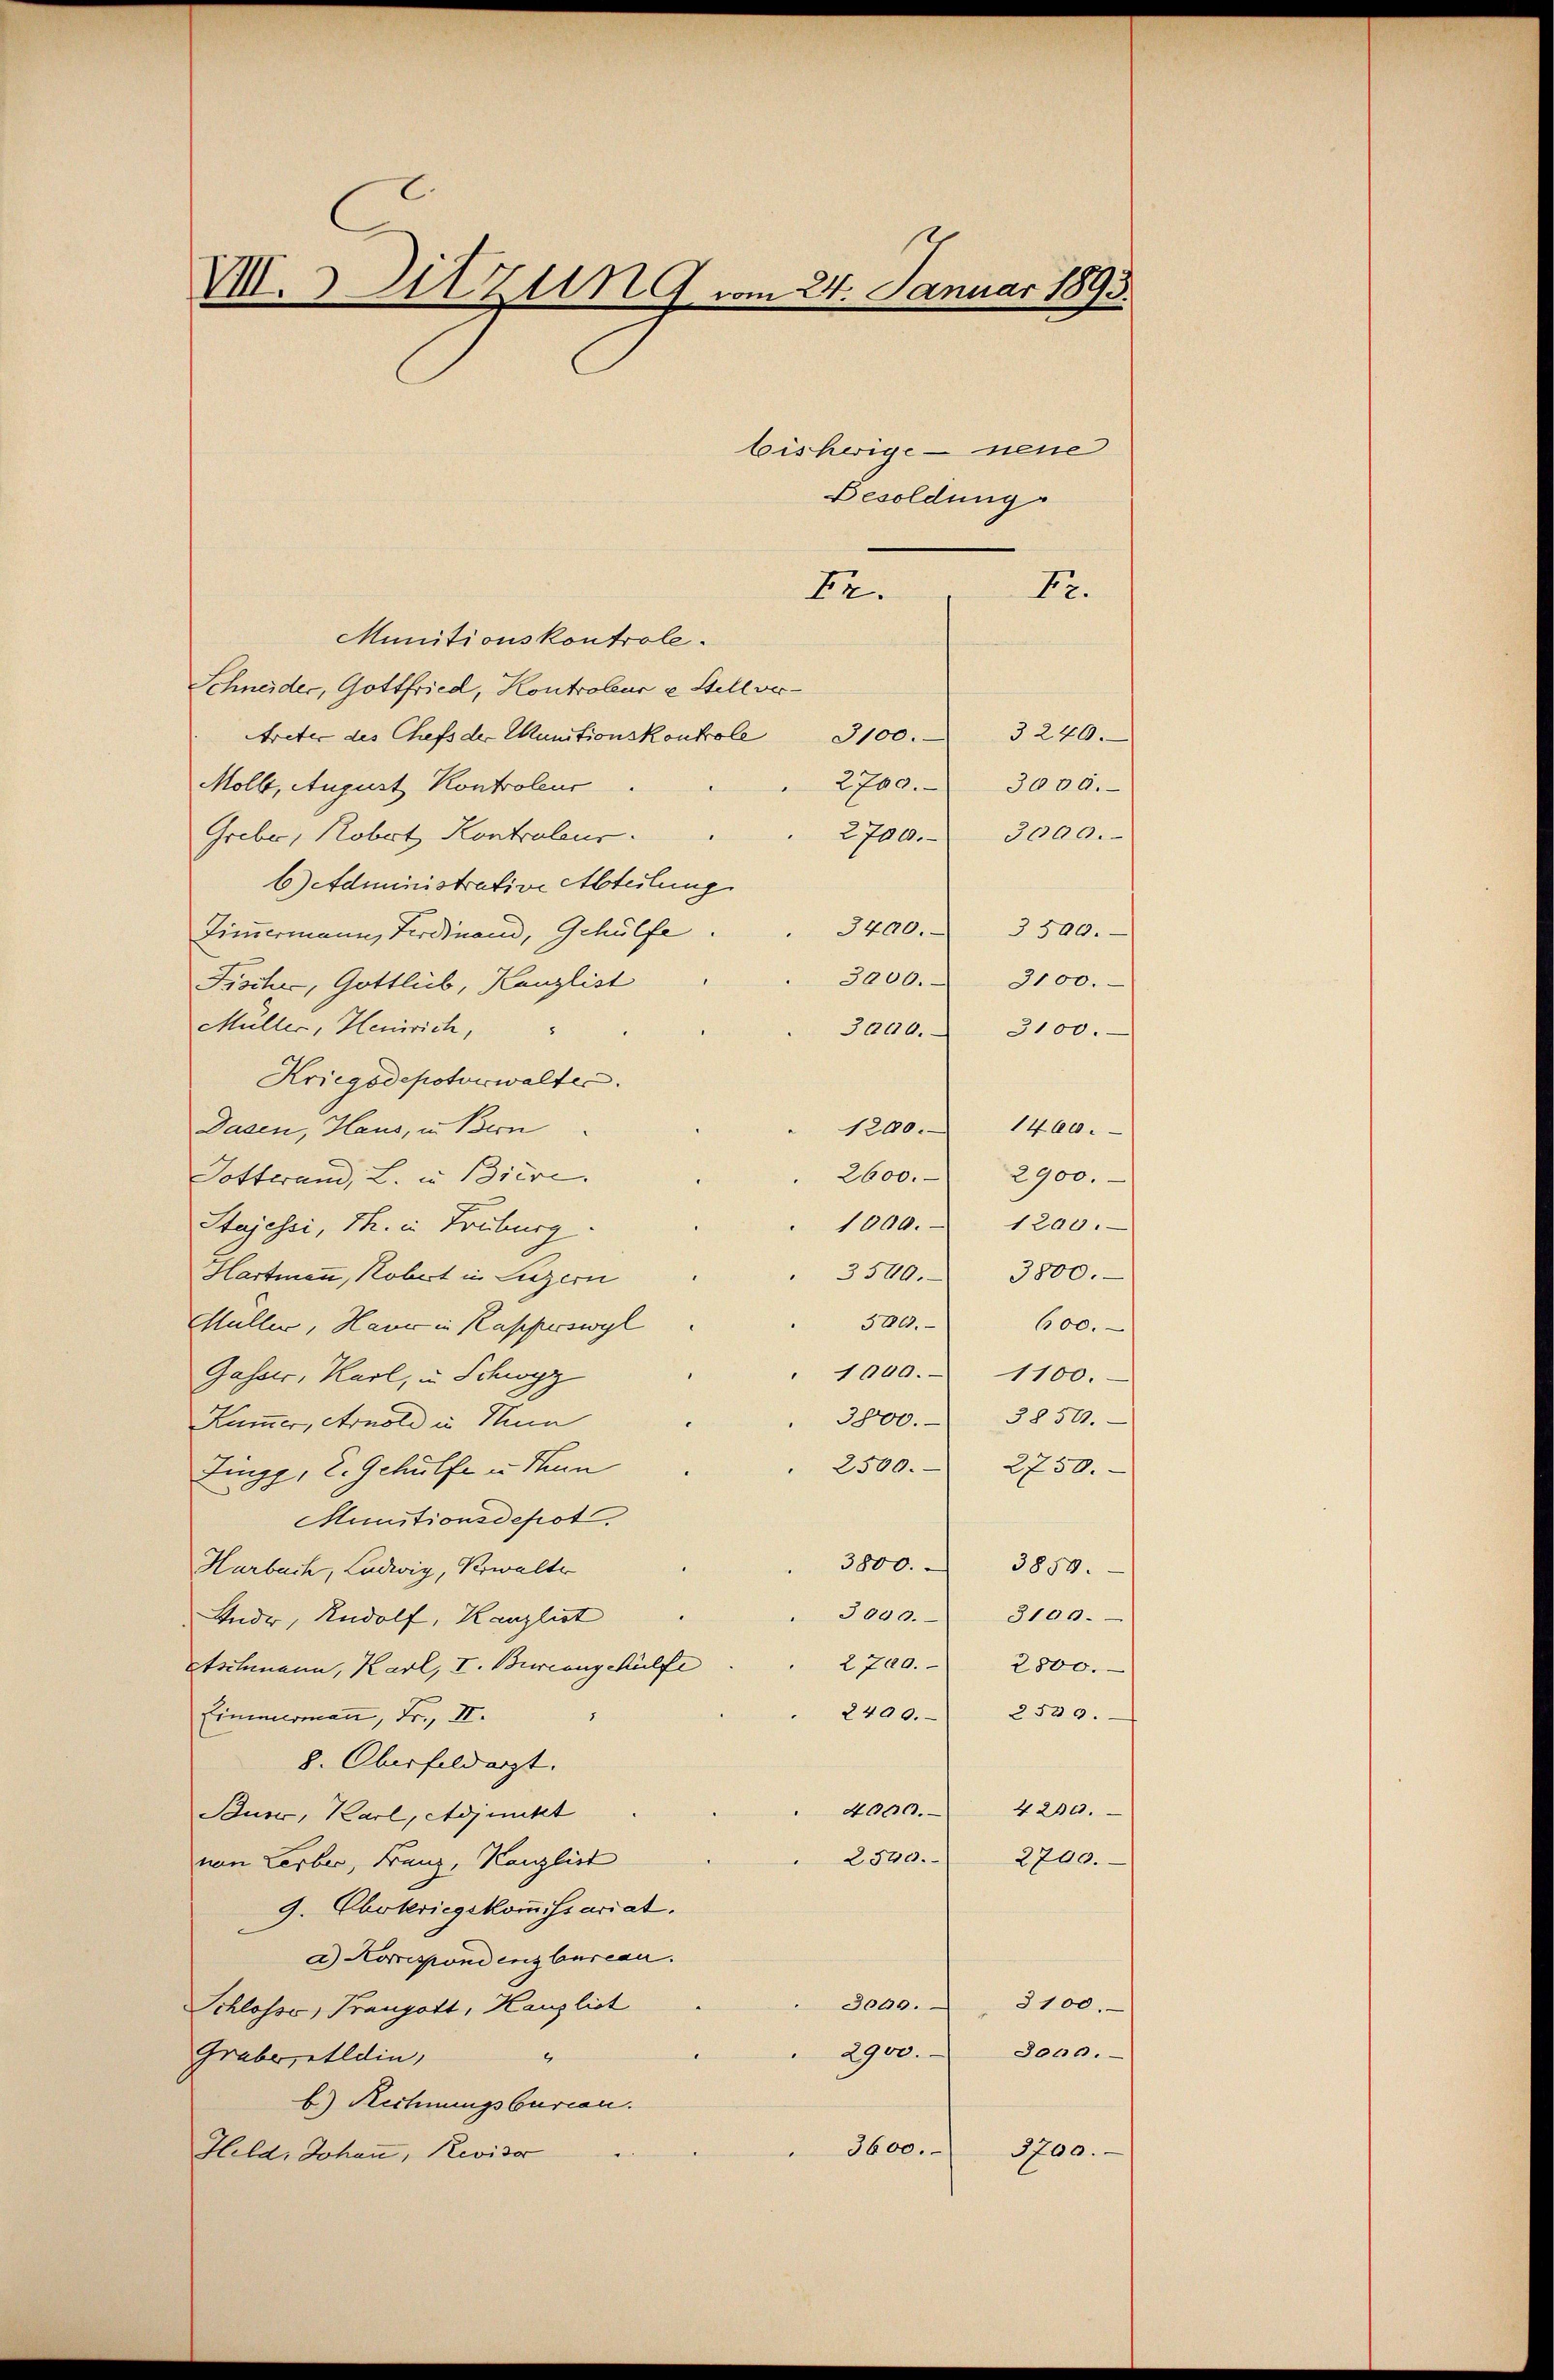
VIII. Zitzung vom 24. Januar 1893

Besoldung
Br
Munitionskontrole.
Schneider, Gottfried, Kontroleur u Stellvertreter des Chefs der Munitionskontrole 3100. 3240.
2700.
Molb, August Kontroleur
Greber, Robot Kontroleur.
6) administrative Abteilung
Zimmermann, Ferdinand, Gehülfe
3000.
Fischer, Gottlieb, Kanzlist
Müller, Henrich,
Kriegsdepotorwalter.
Dasen, Haus, in Bern
2600.
Totterand, L. in Biere.
1000.
Stojessi, 1. in Truburg
Hartmann, Kobert in Luzern
380.
Müller, Hauer in Kasperswyl
" 1000. 1100.
Gasser, Karl, u. Schwyz
3800.
Kammer, Arnold in Hun
Jungg, E. Gehülfe u. Hein
Munitionsdepot
3800. 3850.
Harbach, Ludwig, Verwalter
3000.
Ander, Rudolf, Kanzlist
Etschmann, Karl, V. Bureangehülfe
Einmalemann, Fr., II.
8. Oberfeldert.
4000.
Buro, Karl, Adjunkt
2540.
von Leiber, Franz, Kanzlist
9. Chokriegekommissariat.
a) Korrespondenzbureau.
3000.
Schlosse, Prangott, Kanzlist
3000.
2900.
Grabe, aldin,
4
b) Rechnungsbureau.
3600.
7700.
Held, Johann, Revisor

bisherige neue

Fr.

3000.
2700. 3000.
3400. 3500.
3100.
3000. 3100
1200. 1400.
2900.
1200.
3500. 3800.
600.
3850.
2500. 2750.
3100.
2700. 2800.
2400. 2539.
4230.
2700.

3100.